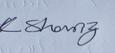
Signature authenticity: genuine